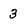
Character: 3